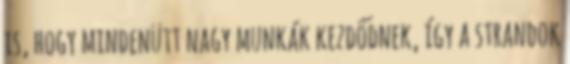
is, hogy mindenütt nagy munkák kezdődnek, így a strandok